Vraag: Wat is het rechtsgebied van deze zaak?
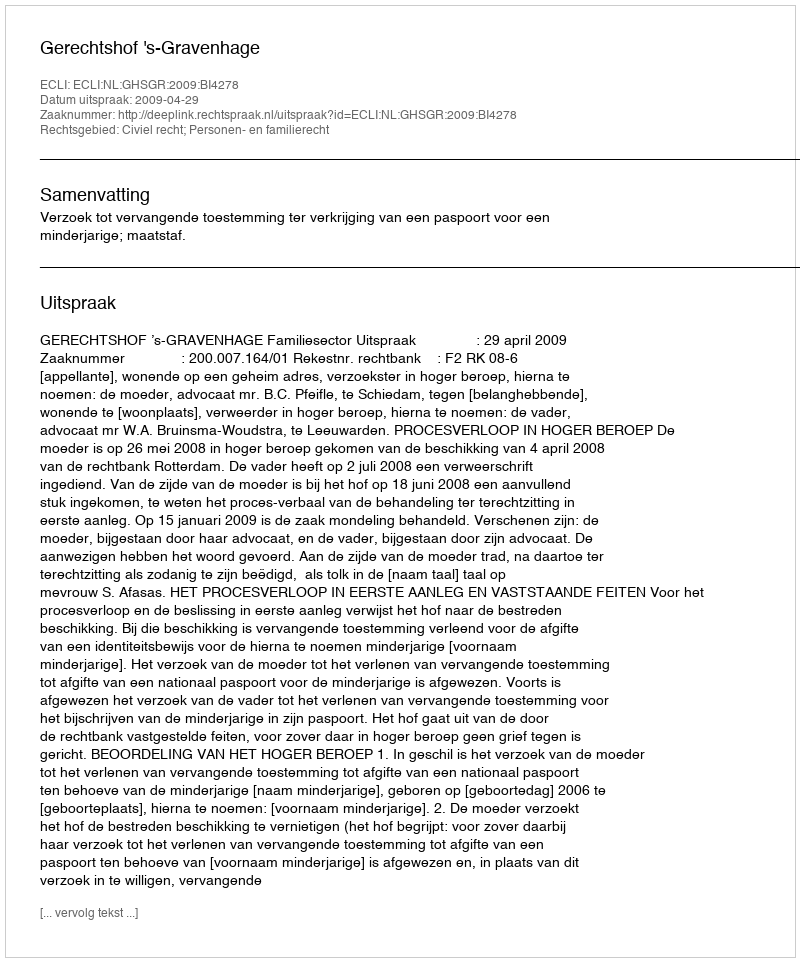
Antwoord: Civiel recht; Personen- en familierecht